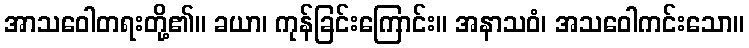
အာသဝေါတရးတို့၏။ ခယာ၊ ကုန်ခြင်းကြောင်း။ အနာသဝံ၊ အသဝေါကင်းသော။